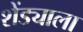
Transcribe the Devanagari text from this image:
शेंड्याला